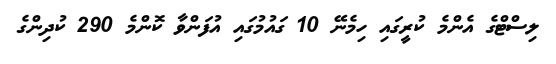
ލިސްޓްގެ އެންމެ ކުރީގައި ހިމެނޭ 10 ގައުމުގައި އުފަންވާ ކޮންމެ 290 ކުދިންގެ